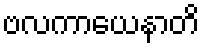
ဗလကာယေနာတိ